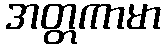
အတ္တကာမာ